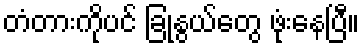
တံတားကိုပင် ခြုံနွယ်တွေ ဖုံးနေပြီ။